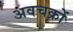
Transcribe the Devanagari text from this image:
अवचक्रों